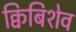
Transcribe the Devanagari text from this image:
क्विबिशेव